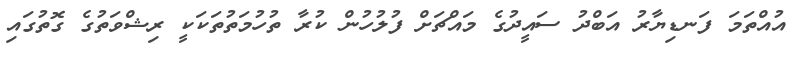
އުއްތަމަ ފަނޑިޔާރު އަބްދު ސައީދުގެ މައްޗަށް ފުލުހުން ކުރާ ތުހުމަތުތަކަކީ ރިޝްވަތުގެ ގޮތުގައި